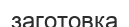
заготовка